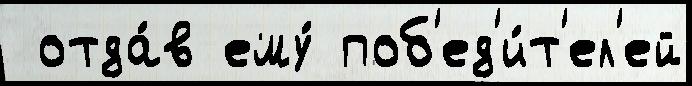
 отда́в ему́ поб'ед'и́т'ел'ей